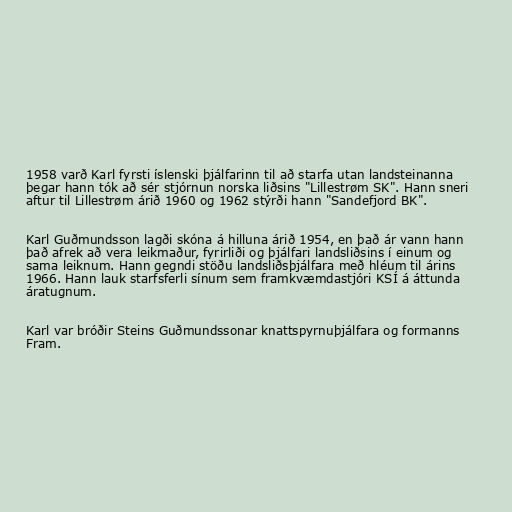
1958 varð Karl fyrsti íslenski þjálfarinn til að starfa utan landsteinanna
þegar hann tók að sér stjórnun norska liðsins "Lillestrøm SK". Hann sneri
aftur til Lillestrøm árið 1960 og 1962 stýrði hann "Sandefjord BK".

Karl Guðmundsson lagði skóna á hilluna árið 1954, en það ár vann hann
það afrek að vera leikmaður, fyrirliði og þjálfari landsliðsins í einum og
sama leiknum. Hann gegndi stöðu landsliðsþjálfara með hléum til árins
1966. Hann lauk starfsferli sínum sem framkvæmdastjóri KSÍ á áttunda
áratugnum.

Karl var bróðir Steins Guðmundssonar knattspyrnuþjálfara og formanns
Fram.